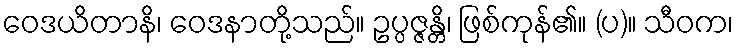
ဝေဒယိတာနိ၊ ဝေဒနာတို့သည်။ ဥပ္ပဇ္ဇန္တိ၊ ဖြစ်ကုန်၏။ (ပ)။ သီဝက၊